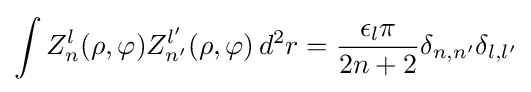
\int Z_{n}^{l}(\rho ,\varphi )Z_{n'}^{l'}(\rho ,\varphi )\,d^{2}r={\frac {\epsilon _{l}\pi }{2n+2}}\delta _{n,n'}\delta _{l,l'}